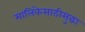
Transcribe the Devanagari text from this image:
मालिकेसाठीसुद्धा